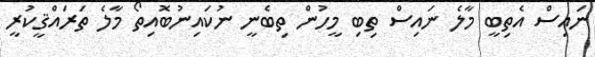
ނައިސް އެތިބީ މާލެ ނައިސް ތިބި މީހުން ތިބެނީ ނުކައިނުބޮއިތޯ މާލެ ތަރައްޤީކުރީ